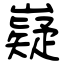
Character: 嶷